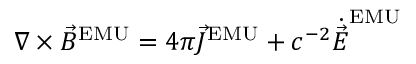
\nabla \times { \vec { B } } ^ { \mathrm { E M U } } = 4 \pi { \vec { J } } ^ { \mathrm { E M U } } + c ^ { - 2 } { \dot { \vec { E } } } ^ { \mathrm { E M U } }